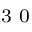
^ \textrm { \scriptsize 3 0 }